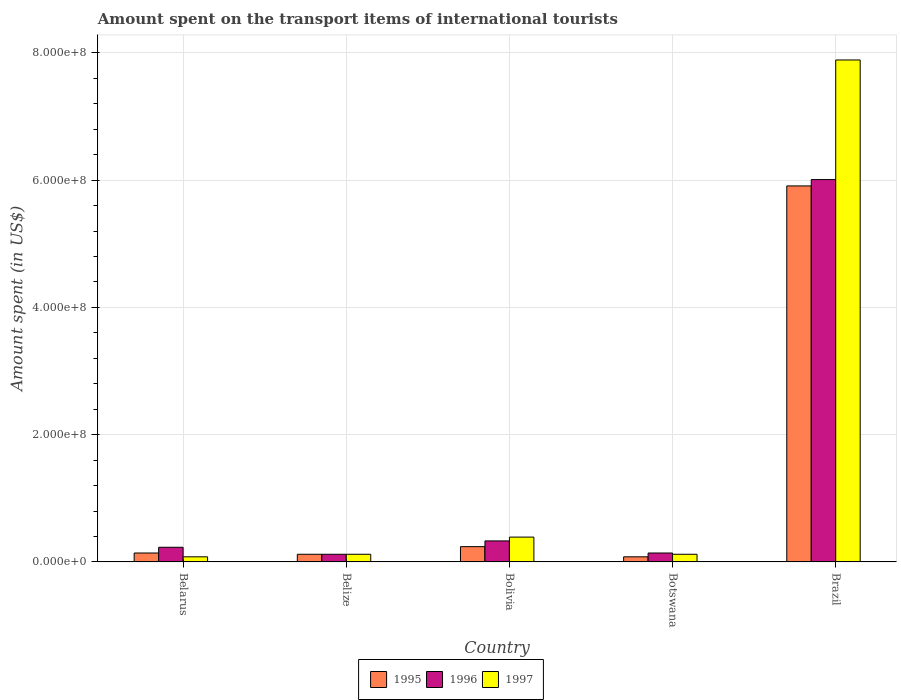
| Country | 1995 | 1996 | 1997 |
 | --- | --- | --- | --- |
 | Belarus | 1.4e+07 | 2.3e+07 | 8e+06 |
 | Belize | 1.2e+07 | 1.2e+07 | 1.2e+07 |
 | Bolivia | 2.4e+07 | 3.3e+07 | 3.9e+07 |
 | Botswana | 8e+06 | 1.4e+07 | 1.2e+07 |
 | Brazil | 5.91e+08 | 6.01e+08 | 7.89e+08 |